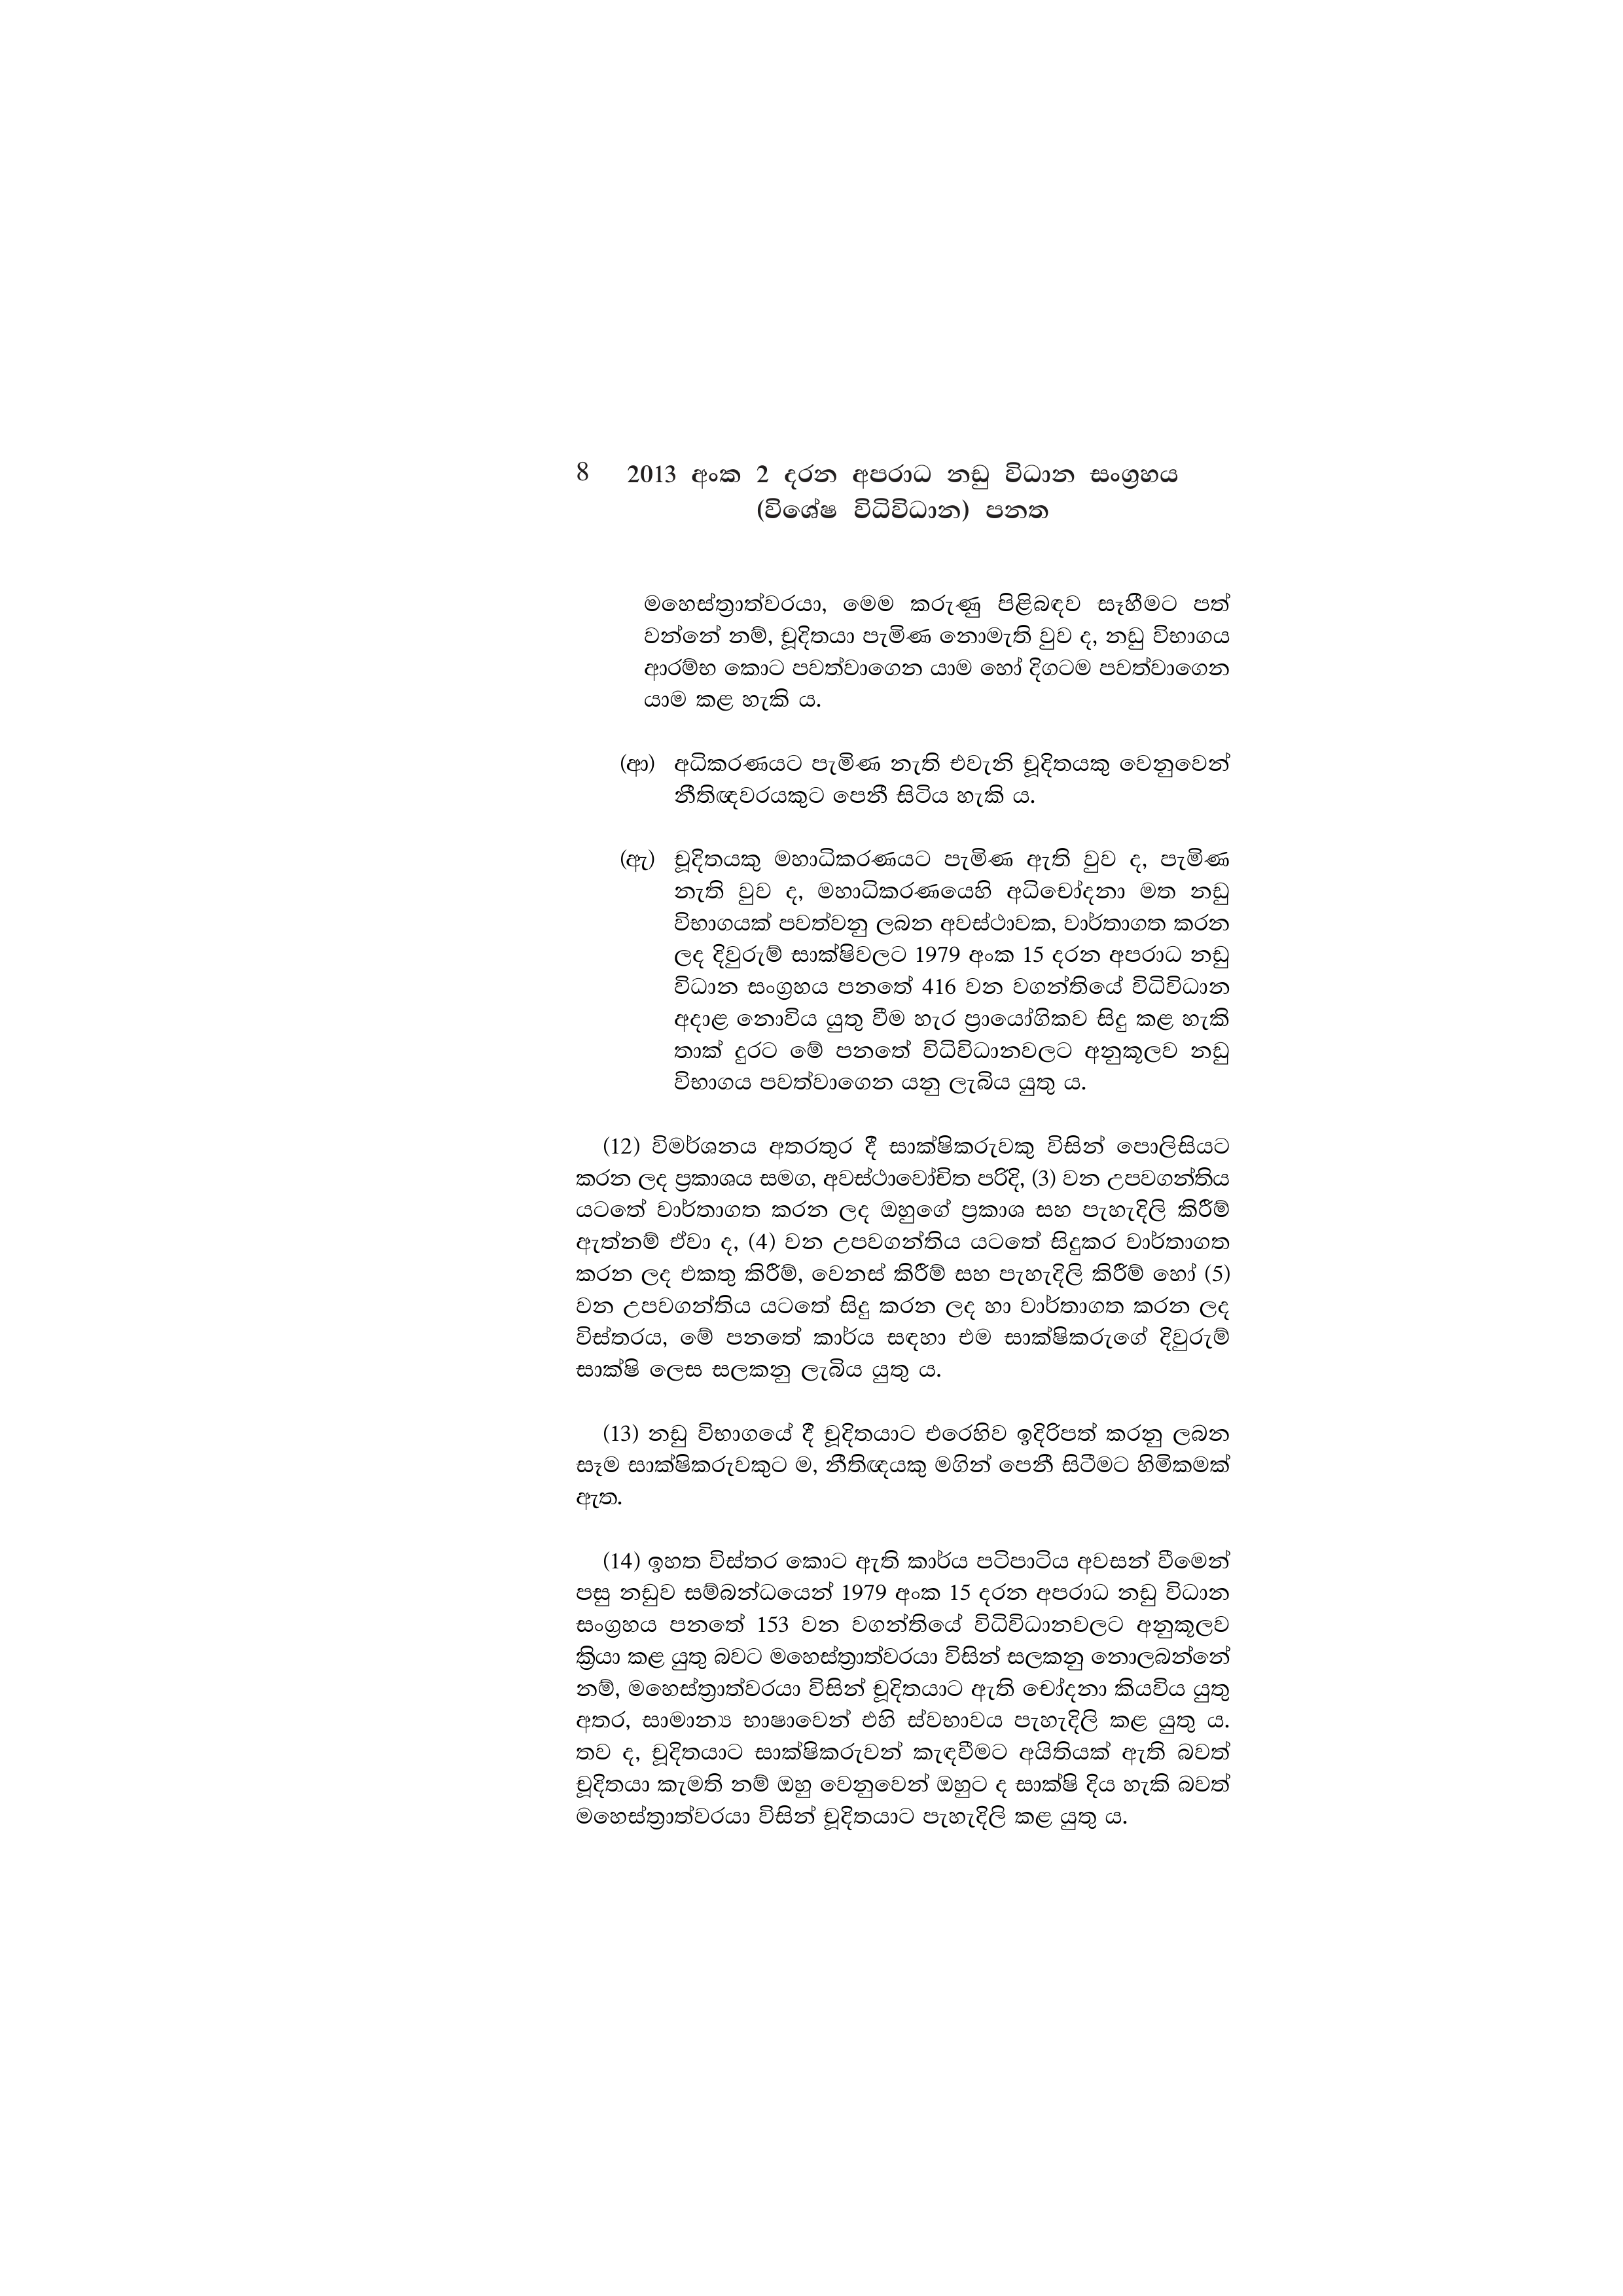
8 2013 අංක 2 දරන අපරාධ නඩු විධාන සංග්‍රහය
(විශේෂ විධිවිධාන) පනත

මහෙස්ත්‍රාත්වරයා, මෙම කරුණු පිළිබඳව සෑහීමට පත්
වන්නේ නම්, චූදිතයා පැමිණ නොමැති වුව ද, නඩු විභාගය
ආරම්භ කොට පවත්වාගෙන යාම හෝ දිගටම පවත්වාගෙන
යාම කළ හැකි ය.

(ආ) අධිකරණයට පැමිණ නැති එවැනි චූදිතයකු වෙනුවෙන්
නීතිඥවරයකුට පෙනී සිටිය හැකි ය.

(ඇ) චූදිතයකු මහාධිකරණයට පැමිණ ඇති වුව ද, පැමිණ
නැති වුව ද, මහාධිකරණයෙහි අධිචෝදනා මත නඩු
විභාගයක් පවත්වනු ලබන අවස්ථාවක, වාර්තාගත කරන
ලද දිවුරුම් සාක්ෂිවලට 1979 අංක 15 දරන අපරාධ නඩු
විධාන සංග්‍රහය පනතේ 416 වන වගන්තියේ විධිවිධාන
අදාළ නොවිය යුතු වීම හැර ප්‍රායෝගිකව සිදු කළ හැකි
තාක් දුරට මේ පනතේ විධිවිධානවලට අනුකූලව නඩු
විභාගය පවත්වාගෙන යනු ලැබිය යුතු ය.

(12) විමර්ශනය අතරතුර දී සාක්ෂිකරුවකු විසින් පොලිසියට
කරන ලද ප්‍රකාශය සමග, අවස්ථාවෝචිත පරිදි, (3) වන උපවගන්තිය
යටතේ වාර්තාගත කරන ලද ඔහුගේ ප්‍රකාශ සහ පැහැදිලි කිරීම්
ඇත්නම් ඒවා ද, (4) වන උපවගන්තිය යටතේ සිදුකර වාර්තාගත
කරන ලද එකතු කිරීම්, වෙනස් කිරීම් සහ පැහැදිලි කිරීම් හෝ (5)
වන උපවගන්තිය යටතේ සිදු කරන ලද හා වාර්තාගත කරන ලද
විස්තරය, මේ පනතේ කාර්ය සඳහා එම සාක්ෂිකරුගේ දිවුරුම්
සාක්ෂි ලෙස සලකනු ලැබිය යුතු ය.

(13) නඩු විභාගයේ දී චූදිතයාට එරෙහිව ඉදිරිපත් කරනු ලබන
සෑම සාක්ෂිකරුවකුට ම, නීතිඥයකු මගින් පෙනී සිටීමට හිමිකමක්
ඇත.

(14) ඉහත විස්තර කොට ඇති කාර්ය පටිපාටිය අවසන් වීමෙන්
පසු නඩුව සම්බන්ධයෙන් 1979 අංක 15 දරන අපරාධ නඩු විධාන
සංග්‍රහය පනතේ 153 වන වගන්තියේ විධිවිධානවලට අනුකූලව
ක්‍රියා කළ යුතු බවට මහෙස්ත්‍රාත්වරයා විසින් සලකනු නොලබන්නේ
නම්, මහෙස්ත්‍රාත්වරයා විසින් චූදිතයාට ඇති චෝදනා කියවිය යුතු
අතර, සාමාන්‍ය භාෂාවෙන් එහි ස්වභාවය පැහැදිලි කළ යුතු ය.
තව ද, චූදිතයාට සාක්ෂිකරුවන් කැඳවීමට අයිතියක් ඇති බවත්
චූදිතයා කැමති නම් ඔහු වෙනුවෙන් ඔහුට ද සාක්ෂි දිය හැකි බවත්
මහෙස්ත්‍රාත්වරයා විසින් චූදිතයාට පැහැදිලි කළ යුතු ය.